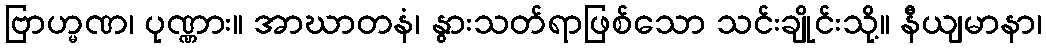
ဗြာဟ္မဏ၊ ပုဏ္ဏား။ အာဃာတနံ၊ နွားသတ်ရာဖြစ်သော သင်းချိုင်းသို့။ နီယျမာနာ၊